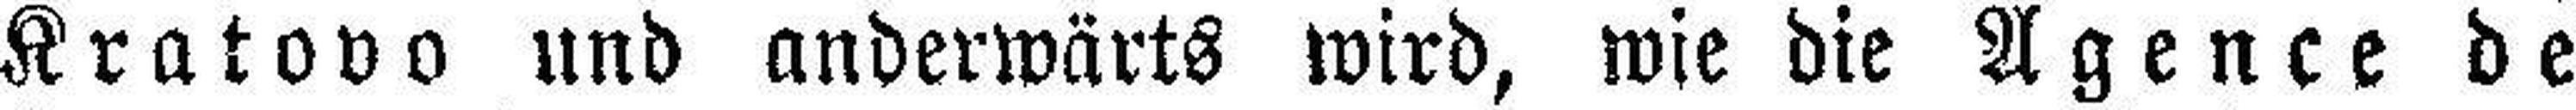
Kratovo und anderwärts wird, wie die Agence de